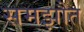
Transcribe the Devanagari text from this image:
समझौत